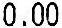
0.00